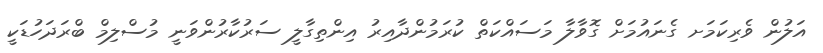
އަލުން ވެރިކަމަށ ގެނައުމަށް ގޮވާލާ މަސައްކަތް ކުރަމުންދާއިރު އިންތިގާލީ ސަރުކާރުންވަނީ މުސްލިމް ބްރަދަހުޑަކީ